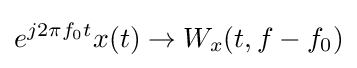
e^{j2\pi f_{0}t}x(t)\rightarrow W_{x}(t,f-f_{0})